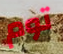
توم